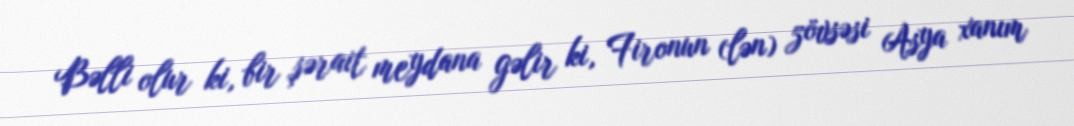
Bəlli olur ki, bir şərait meydana gəlir ki, Fironun (lən) zövsəsi Asya xanım